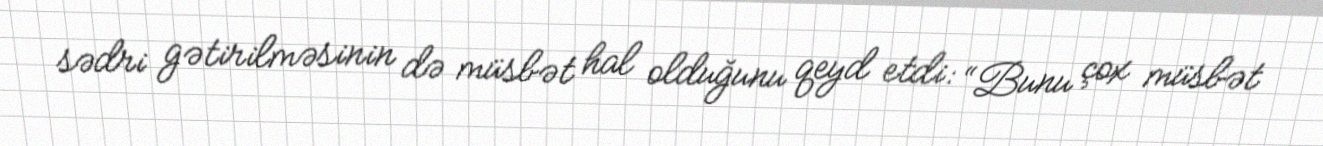
sədri gətirilməsinin də müsbət hal olduğunu qeyd etdi: “Bunu çox müsbət